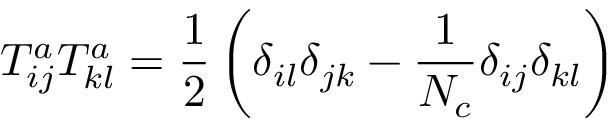
T _ { i j } ^ { a } T _ { k l } ^ { a } = \frac { 1 } { 2 } \left( \delta _ { i l } \delta _ { j k } - \frac { 1 } { N _ { c } } \delta _ { i j } \delta _ { k l } \right) \,